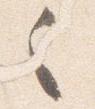
之